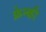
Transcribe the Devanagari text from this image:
फ्रेन्की